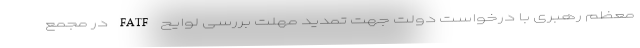
معظم رهبری با درخواست دولت جهت تمدید مهلت بررسی لوایح FATF در مجمع